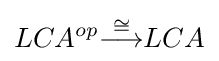
LCA^{op}{\stackrel {\cong }{\longrightarrow }}LCA